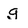
Character: g